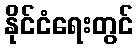
နိုင်ငံရေးတွင်